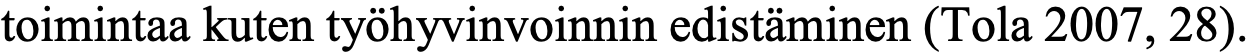
toimintaa kuten työhyvinvoinnin edistäminen (Tola 2007, 28).